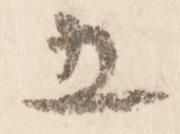
五